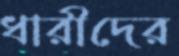
ধারীদের